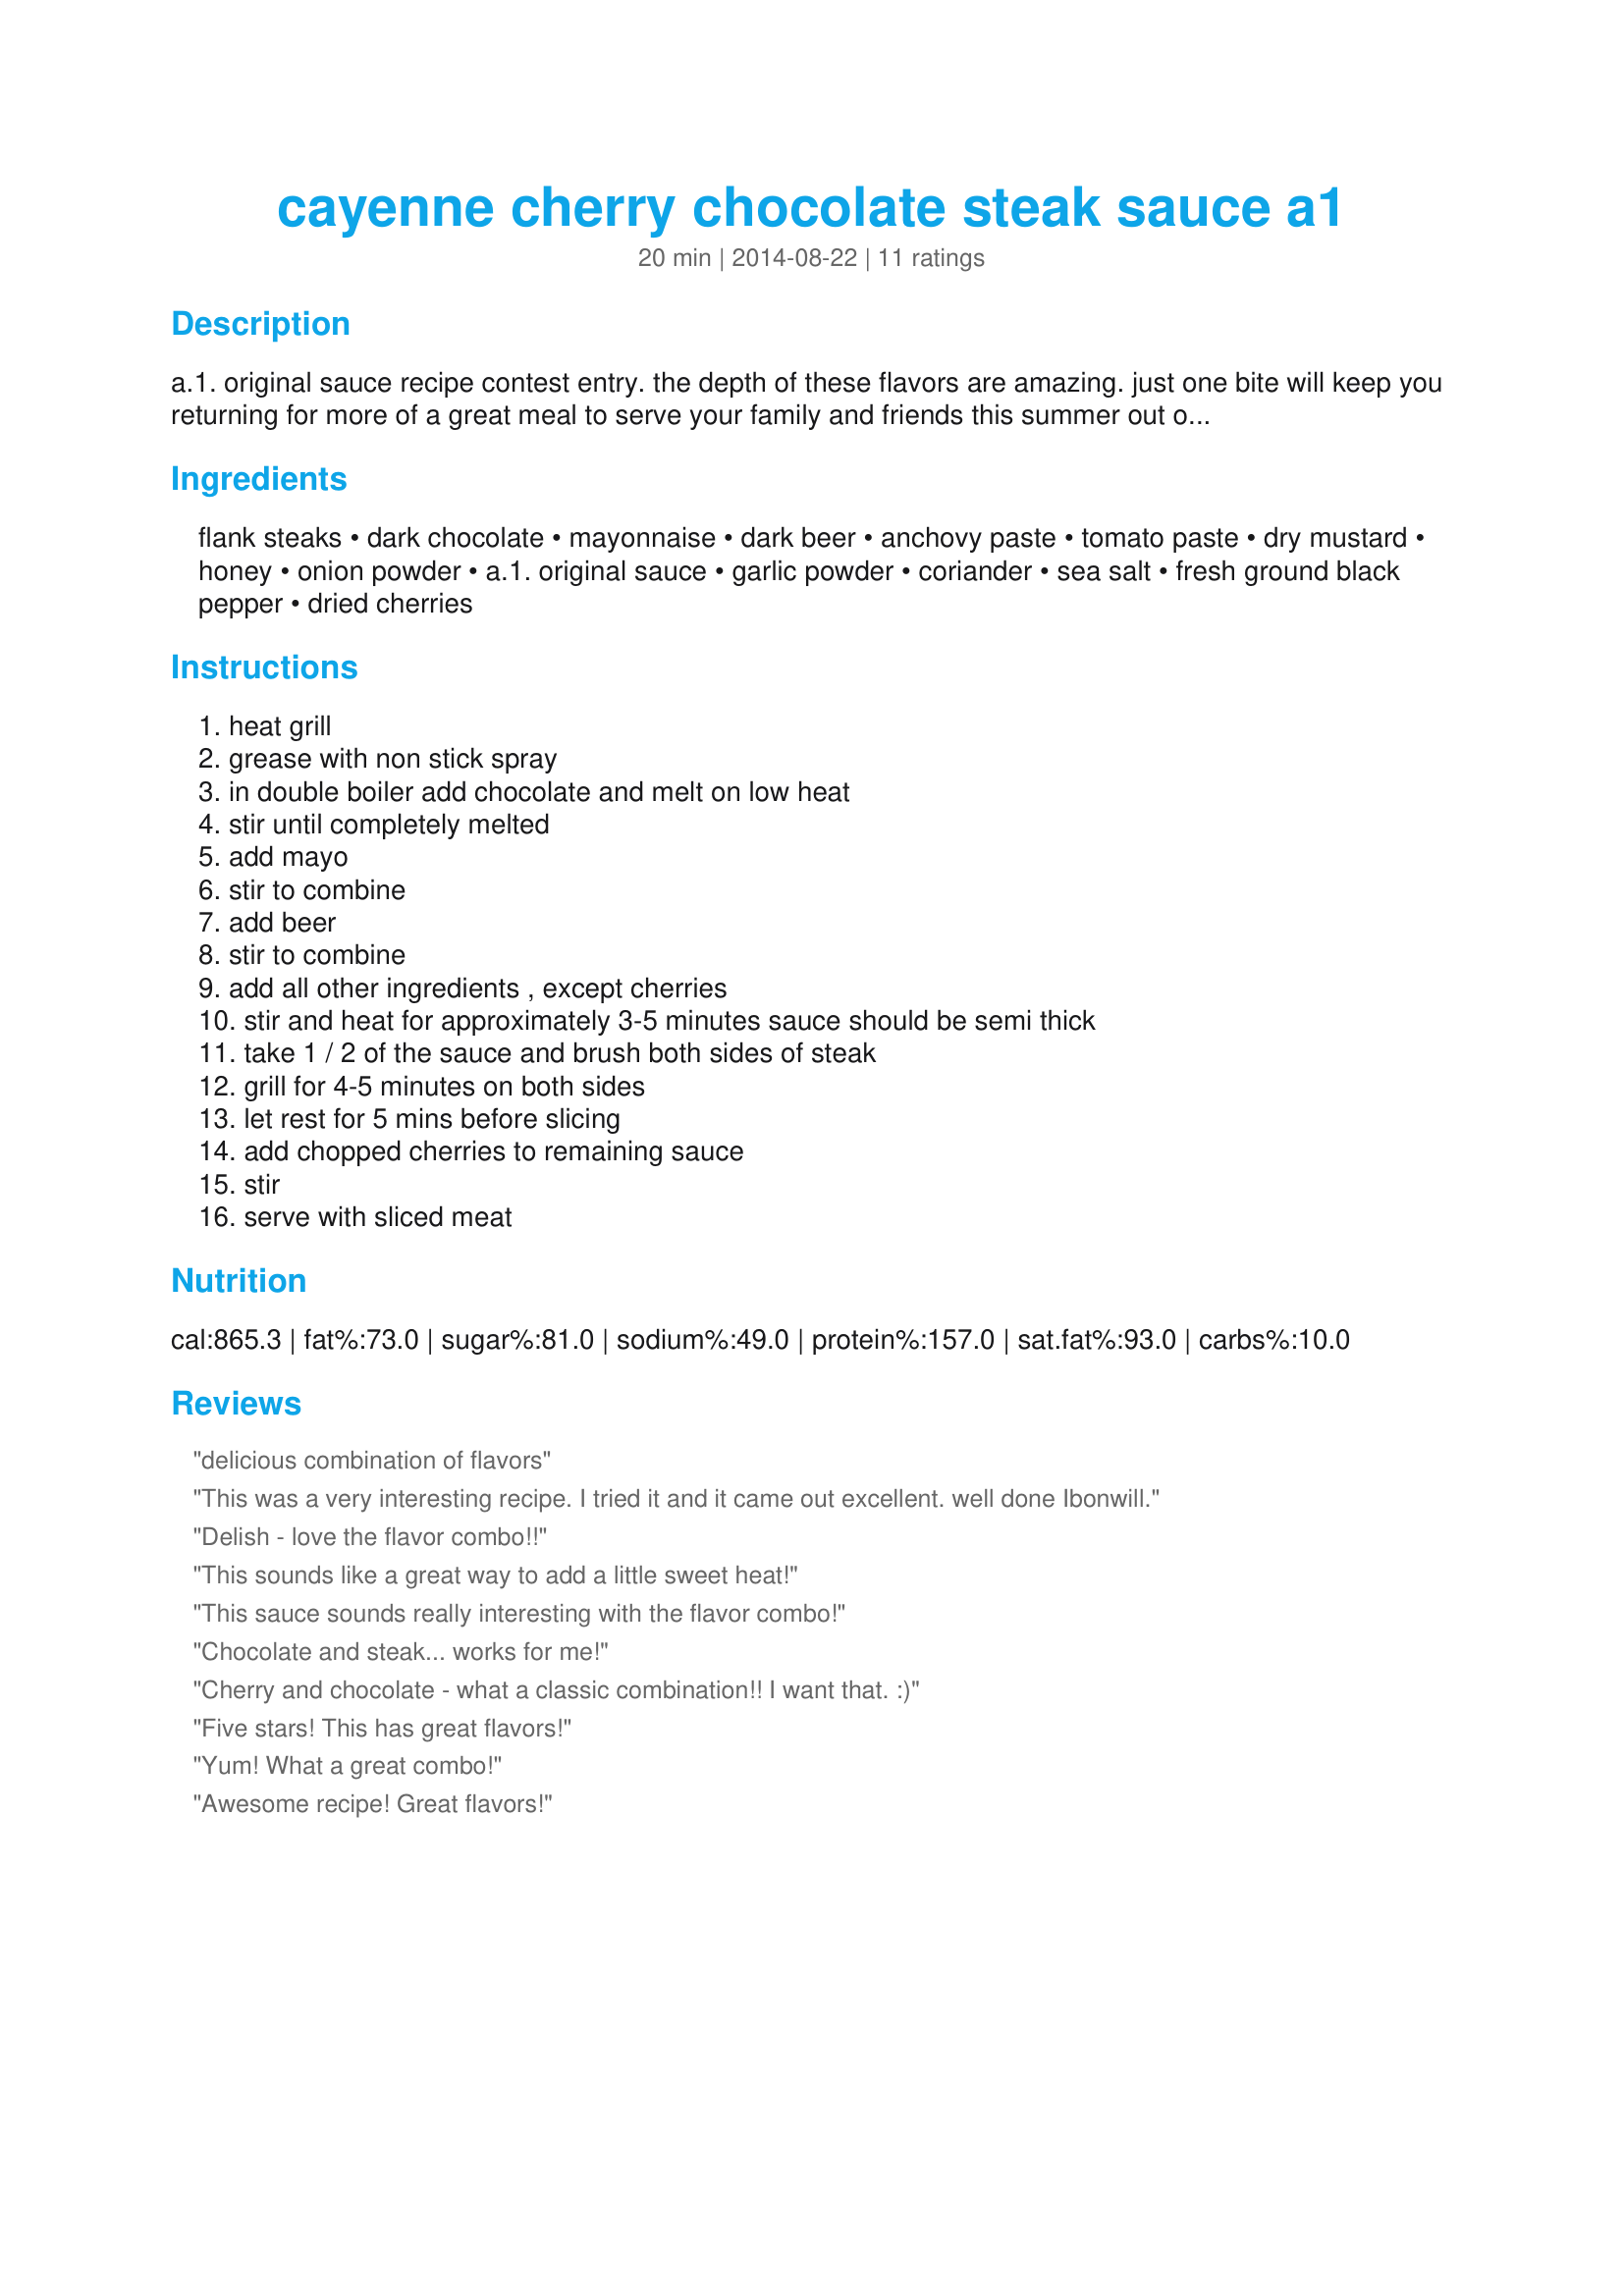
cayenne cherry chocolate steak sauce a1
Preparation time: 20 minutes

a.1. original sauce recipe contest entry. the depth of these flavors are amazing. just one bite will keep you returning for more of a great meal to serve your family and friends this summer out on the bbq.

Ingredients:
flank steaks, dark chocolate, mayonnaise, dark beer, anchovy paste, tomato paste, dry mustard, honey, onion powder, a.1. original sauce, garlic powder, coriander, sea salt, fresh ground black pepper, dried cherries

Steps:
heat grill, grease with non stick spray, in double boiler add chocolate and melt on low heat, stir until completely melted, add mayo, stir to combine, add beer, stir to combine, add all other ingredients , except cherries, stir and heat for approximately 3-5 minutes sauce should be semi thick, take 1 / 2 of the sauce and brush both sides of steak, grill for 4-5 minutes on both sides, let rest for 5 mins before slicing, add chopped cherries to remaining sauce, stir, serve with sliced meat

Reviews:
delicious combination of flavors
This was a very interesting recipe. I tried it and it came out excellent. well done Ibonwill.
Delish - love the flavor combo!!
This sounds like a great way to add a little sweet heat!
This sauce sounds really interesting with the flavor combo!
Chocolate and steak... works for me!
Cherry and chocolate - what a classic combination!! I want that. :)
Five stars! This has great flavors!
Yum! What a great combo!
Awesome recipe! Great flavors!
You&#039;re one talented diva! Love it!
